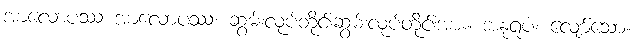
အာလောပဿ အာလောပဿ၊ ဆွမ်းလုပ်တိုင်းဆွမ်းလုပ်တိုင်းအား။ အနုရူပံ၊ လျော်သော။